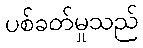
ပစ်ခတ်မှုသည်